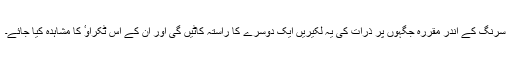
سرنگ کے اندر مقررہ جگہوں پر ذرات کی یہ لکیریں ایک دوسرے کا راستہ کاٹیں گی اور ان کے اس ٹکراوٴ کا مشاہدہ کیا جائے۔